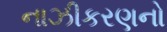
નાઝીકરણનો